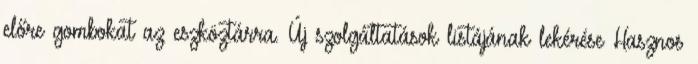
előre gombokat az eszköztárra. Új szolgáltatások listájának lekérése Hasznos